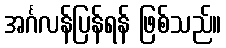
အင်္ဂလန်ပြန်ရန် ဖြစ်သည်။